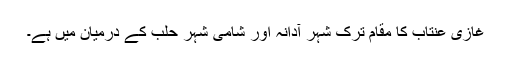
غازی عنتاب کا مقام ترک شہر آدانہ اور شامی شہر حلب کے درمیان میں ہے۔